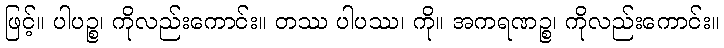
ဖြင့်။ ပါပဉ္စ၊ ကိုလည်းကောင်း။ တဿ ပါပဿ၊ ကို။ အကရဏဉ္စ၊ ကိုလည်းကောင်း။